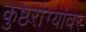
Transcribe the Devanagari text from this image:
कुष्ठरोग्यांवर